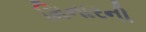
મિનારની